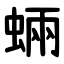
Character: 蜽